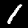
Label: 1